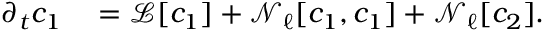
\begin{array} { r l } { \partial _ { t } c _ { 1 } } & { { } = \mathcal { L } [ c _ { 1 } ] + \mathcal { N } _ { \ell } [ c _ { 1 } , c _ { 1 } ] + \mathcal { N } _ { \ell } [ c _ { 2 } ] . } \end{array}